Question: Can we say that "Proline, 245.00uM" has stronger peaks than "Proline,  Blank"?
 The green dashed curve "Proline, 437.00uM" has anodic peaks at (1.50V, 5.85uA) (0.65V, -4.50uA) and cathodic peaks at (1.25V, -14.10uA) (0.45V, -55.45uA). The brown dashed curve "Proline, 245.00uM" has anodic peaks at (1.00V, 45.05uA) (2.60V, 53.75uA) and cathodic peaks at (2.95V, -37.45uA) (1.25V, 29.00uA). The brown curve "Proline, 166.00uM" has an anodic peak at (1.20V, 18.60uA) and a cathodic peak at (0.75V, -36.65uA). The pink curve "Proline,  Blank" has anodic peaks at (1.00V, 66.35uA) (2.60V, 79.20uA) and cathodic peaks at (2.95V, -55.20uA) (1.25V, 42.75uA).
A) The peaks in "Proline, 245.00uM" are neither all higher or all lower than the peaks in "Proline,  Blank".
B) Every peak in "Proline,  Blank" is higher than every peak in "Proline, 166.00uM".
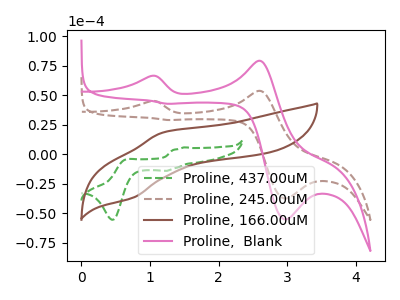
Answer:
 <answer>A) The peaks in "Proline, 245.00uM" are neither all higher or all lower than the peaks in "Proline,  Blank".</answer>
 <eval>A</eval>